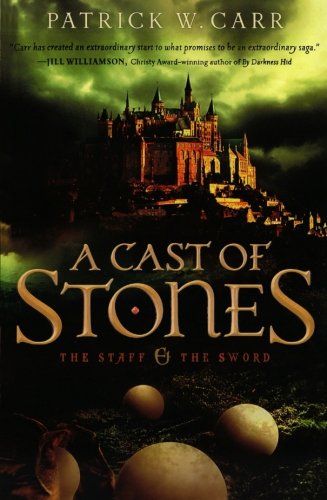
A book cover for A Cast of Stones (The Staff and the Sword); Patrick W. Carr; Christian Books & Bibles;